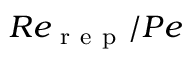
R e _ { \mathrm { ~ r ~ e ~ p ~ } } / P e